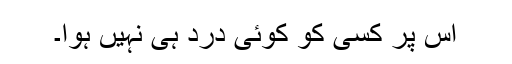
اس پر کسی کو کوئی درد ہی نہیں ہوا۔